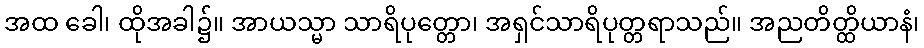
အထ ခေါ၊ ထိုအခါ၌။ အာယသ္မာ သာရိပုတ္တော၊ အရှင်သာရိပုတ္တရာသည်။ အညတိတ္ထိယာနံ၊